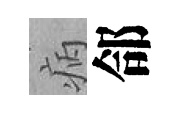
病郃